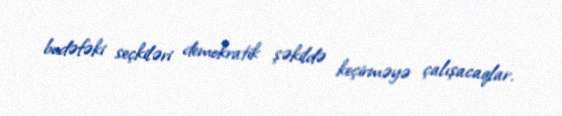
budəfəki seçkiləri demokratik şəkildə keçirməyə çalışacaqlar.